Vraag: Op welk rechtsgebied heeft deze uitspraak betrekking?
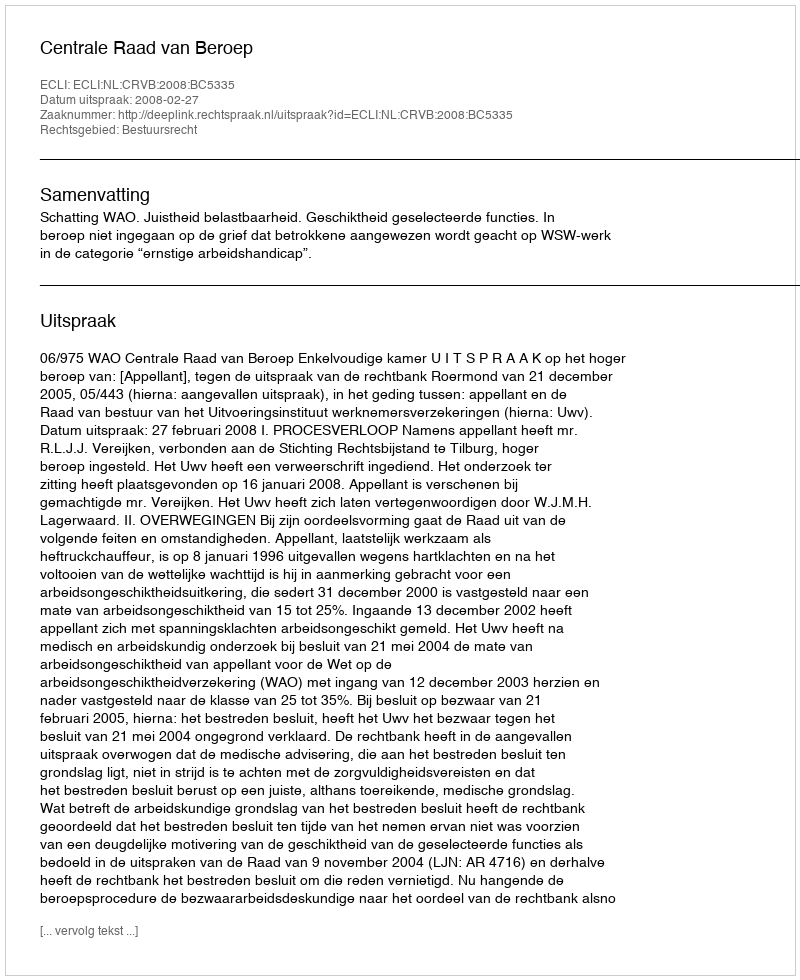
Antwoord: Bestuursrecht